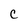
Character: C